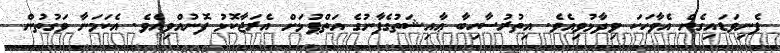
ފެނިވަޑައިގެން އެވާހަކަ ވިދާޅުވިއެވެ. އިތުރުސާހިބާ ޢާއިޝަތުގެފާނުގެ އަތްޕުޅަށް އެރަޖާކޮޅު ފޮނުއްވިއެވެ. އެކަމަނާ ވަގުތުން